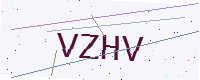
Text: VZHV